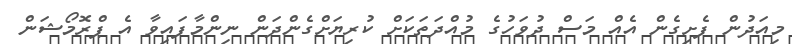
މިއަދުން ފެށިގެން އެއް މަސް ދުވަހުގެ މުއްދަތަކަށް ކުރިޔަށްގެންދަން ނިންމާފައިވާ އެ ޕްރޮމޯޝަން